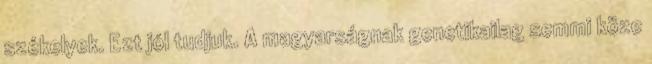
székelyek. Ezt jól tudjuk. A magyarságnak genetikailag semmi köze